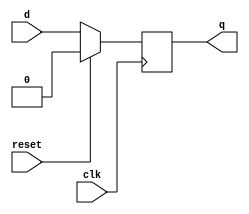
module d_flip_flop (
    input wire clk,
    input wire reset,
    input wire d,
    output reg q
);

always @(posedge clk) begin
    if (reset) begin
        q <= 1'b0; // clear the stored data to 0
    end else begin
        q <= d; // transfer the input data to the output on each clock pulse
    end
end

endmodule